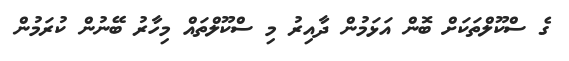
ގެ ސްކޫލްތަކަށް ބޮން އަޅަމުން ދާއިރު މި ސްކޫލްތައް މިހާރު ބޭނުން ކުރަމުން